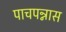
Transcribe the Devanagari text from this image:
पाचपन्नास